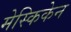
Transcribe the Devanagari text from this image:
मेस्किकेन